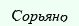
Сорьяно